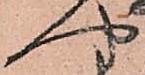
や